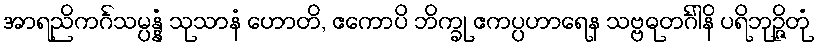
အာရညိကင်္ဂသမ္ပန္နံ သုသာနံ ဟောတိ, ဧကောပိ ဘိက္ခု ဧကပ္ပဟာရေန သဗ္ဗဓုတင်္ဂါနိ ပရိဘုဉ္ဇိတုံ